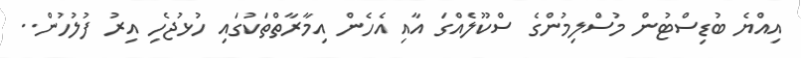
އިއްޔެ ބުޑިސްޓުން މުސްލިމުންގެ ސްކޫލެއްގަ އާއި އެހެން އިމާރާތްތަކުގައި ހުޅުޖެހި އިރު ފުލުހުން..